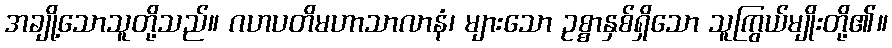
အချို့သောသူတို့သည်။ ဂဟပတိမဟာသာလာနံ၊ များသော ဥစ္စာနှစ်ရှိသော သူကြွယ်မျိုးတို့၏။